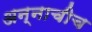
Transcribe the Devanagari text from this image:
अन्नाचीच